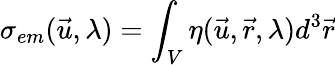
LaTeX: \sigma_{em}(\vec{u},\lambda)=\int_{V}\eta(\vec{u},\vec{r},\lambda)d^{3}\vec{r}